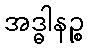
အဒ္ဓါနဉ္စ